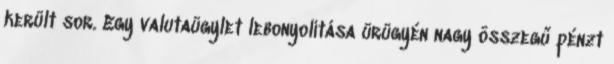
került sor. Egy valutaügylet lebonyolítása ürügyén nagy összegű pénzt